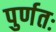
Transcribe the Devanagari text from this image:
पुर्णतः